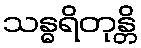
သန္ဓရိတုန္တိ